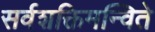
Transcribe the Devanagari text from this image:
सर्वशक्तिमन्विते